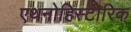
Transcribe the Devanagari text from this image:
एथनोहिस्टोरिक